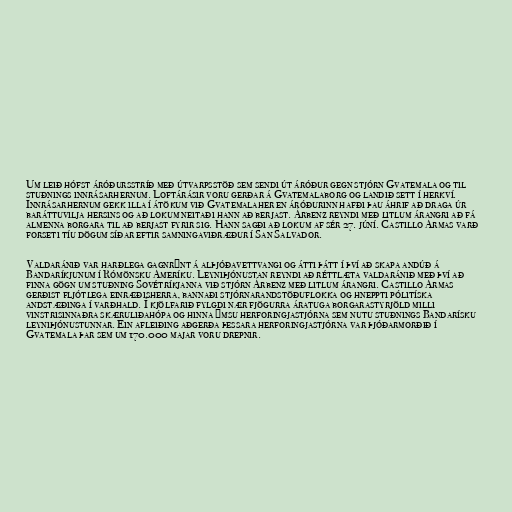
Um leið hófst áróðursstríð með útvarpsstöð sem sendi út áróður gegn stjórn Gvatemala og til
stuðnings innrásarhernum. Loftárásir voru gerðar á Gvatemalaborg og landið sett í herkví.
Innrásarhernum gekk illa í átökum við Gvatemalaher en áróðurinn hafði þau áhrif að draga úr
baráttuvilja hersins og að lokum neitaði hann að berjast. Árbenz reyndi með litlum árangri að fá
almenna borgara til að berjast fyrir sig. Hann sagði að lokum af sér 27. júní. Castillo Armas varð
forseti tíu dögum síðar eftir samningaviðræður í San Salvador.

Valdaránið var harðlega gagnrýnt á alþjóðavettvangi og átti þátt í því að skapa andúð á
Bandaríkjunum í Rómönsku Ameríku. Leyniþjónustan reyndi að réttlæta valdaránið með því að
finna gögn um stuðning Sovétríkjanna við stjórn Árbenz með litlum árangri. Castillo Armas
gerðist fljótlega einræðisherra, bannaði stjórnarandstöðuflokka og hneppti pólitíska
andstæðinga í varðhald. Í kjölfarið fylgdi nær fjögurra áratuga borgarastyrjöld milli
vinstrisinnaðra skæruliðahópa og hinna ýmsu herforingjastjórna sem nutu stuðnings Bandarísku
leyniþjónustunnar. Ein afleiðing aðgerða þessara herforingjastjórna var þjóðarmorðið í
Gvatemala þar sem um 170.000 majar voru drepnir.